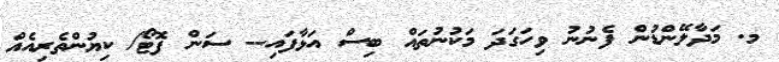
މ. މަދާލޭންޑުން ފެނުނު ވިހަގަދަ މަކުނުތައް ބިސް އަޅާފައި-- ސަން ފޮޓޯ/ ކިޔުންތެރިއެއް